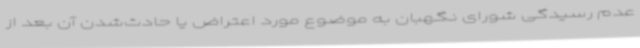
عدم رسیدگی شورای نگهبان به موضوع مورد اعتراض یا حادث‌شدن آن بعد از